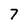
Character: 7